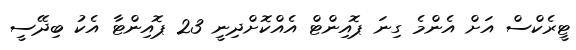
ޓީރެކްސް އަށް އެންމެ ގިނަ ޕޮއިންޓް އެއްކޮށްދިނީ 23 ޕޮއިންޓާ އެކު ބިދޭސީ